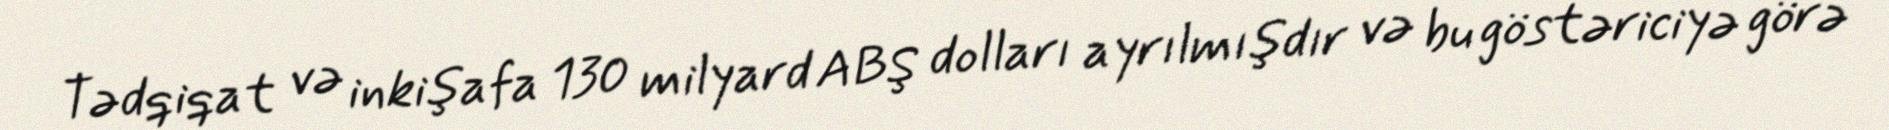
Tədqiqat və inkişafa 130 milyard ABŞ dolları ayrılmışdır və bu göstəriciyə görə